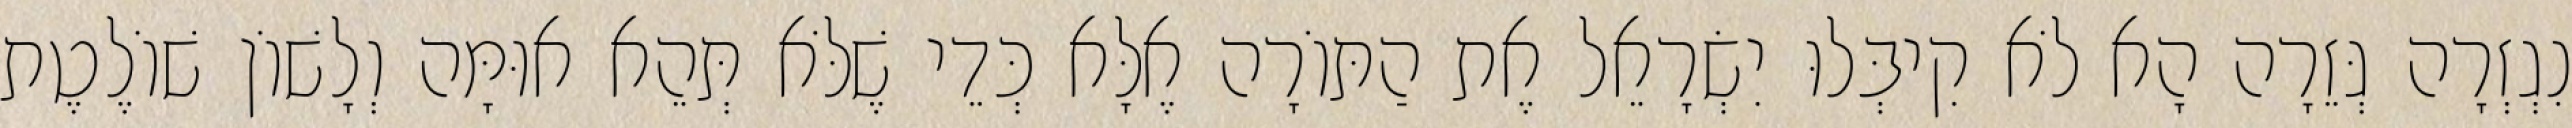
נִגְזְרָה גְּזֵרָה הָא לֹא קִיבְּלוּ יִשְׂרָאֵל אֶת הַתּוֹרָה אֶלָּא כְּדֵי שֶׁלֹּא תְּהֵא אוּמָּה וְלָשׁוֹן שׁוֹלֶטֶת